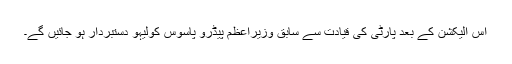
اس الیکشن کے بعد پارٹی کی قیادت سے سابق وزیراعظم پیڈرو پاسوس کولیہو دستبردار ہو جائیں گے۔